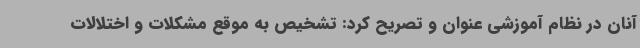
آنان در نظام آموزشی عنوان و تصریح کرد: تشخیص به موقع مشکلات و اختلالات